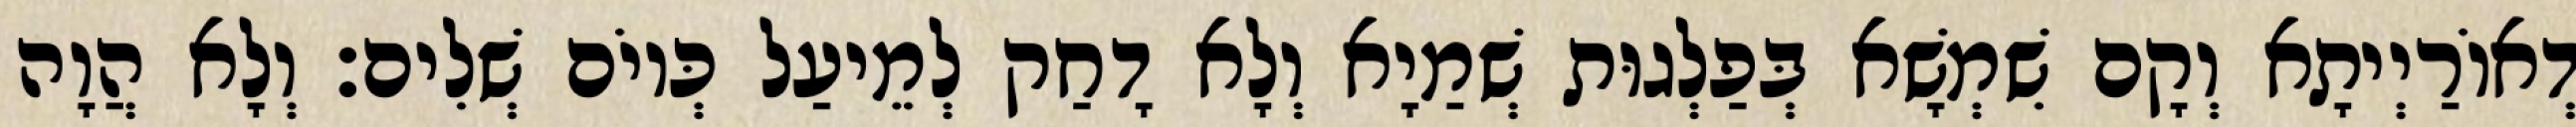
דְאוֹרַיְיתָא וְקָם שִׁמְשָׁא בְּפַלְגוּת שְׁמַיָא וְלָא דָחַק לְמֵיעַל כְּיוֹם שְׁלִים׃ וְלָא הֲוָה